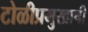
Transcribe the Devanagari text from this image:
टोळीप्रमुखाची